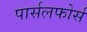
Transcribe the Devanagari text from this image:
पार्सलफोर्स